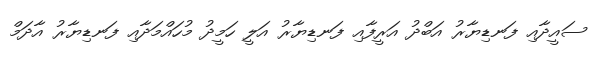
ސައީދާއި ފަނޑިޔާރު އަބްދު އަރީފާއި ފަނޑިޔާރު އަލީ ހަމީދު މުހައްމަދާއި ފަނޑިޔާރު އާދަމް